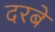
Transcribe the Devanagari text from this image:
दरबे